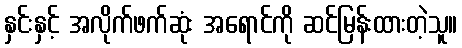
နှင်းနှင့် အလိုက်ဖက်ဆုံး အရောင်ကို ဆင်မြန်းထားတဲ့သူ။